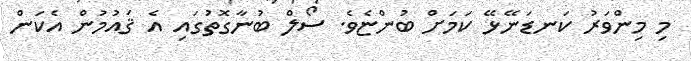
މި މިންވަރު ކަނޑަނޭޅޭ ކަމަށް ބުންޏެވެ. ސޯލް ބުނާގޮތުގައި އެ ޤައުމުން އެކަން